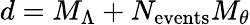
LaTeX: d=M_{\Lambda}+N_{\mathrm{events}}M_{\theta}